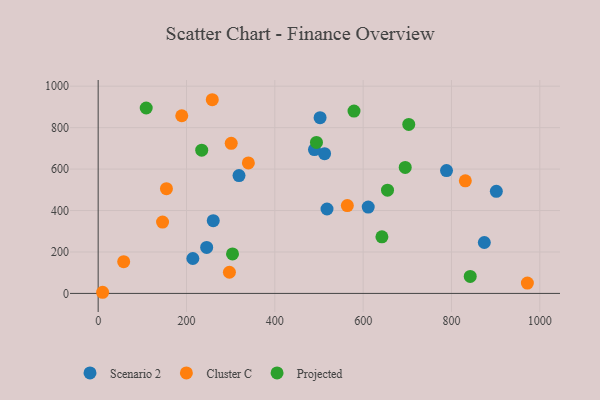
{"axis": {"x": "Study Hours", "y": "Exam Score"}, "legend": ["Cluster C", "Projected", "Scenario 2"], "data": [{"x": "788.8", "y": 592.9, "type": "Scenario 2"}, {"x": "502.5", "y": 847.8, "type": "Scenario 2"}, {"x": "214.4", "y": 168.4, "type": "Scenario 2"}, {"x": "901.6", "y": 492.4, "type": "Scenario 2"}, {"x": "512.7", "y": 674.5, "type": "Scenario 2"}, {"x": "260.6", "y": 351.0, "type": "Scenario 2"}, {"x": "489.8", "y": 694.2, "type": "Scenario 2"}, {"x": "874.4", "y": 245.7, "type": "Scenario 2"}, {"x": "611.5", "y": 416.4, "type": "Scenario 2"}, {"x": "245.7", "y": 222.0, "type": "Scenario 2"}, {"x": "518.2", "y": 407.4, "type": "Scenario 2"}, {"x": "318.9", "y": 568.5, "type": "Scenario 2"}, {"x": "564.2", "y": 423.8, "type": "Cluster C"}, {"x": "189.3", "y": 857.2, "type": "Cluster C"}, {"x": "340.1", "y": 629.7, "type": "Cluster C"}, {"x": "971.9", "y": 49.9, "type": "Cluster C"}, {"x": "258.4", "y": 934.6, "type": "Cluster C"}, {"x": "301.3", "y": 724.0, "type": "Cluster C"}, {"x": "831.4", "y": 543.4, "type": "Cluster C"}, {"x": "10.1", "y": 5.5, "type": "Cluster C"}, {"x": "297.2", "y": 102.2, "type": "Cluster C"}, {"x": "154.6", "y": 505.6, "type": "Cluster C"}, {"x": "145.8", "y": 344.2, "type": "Cluster C"}, {"x": "57.8", "y": 153.3, "type": "Cluster C"}, {"x": "703.3", "y": 815.5, "type": "Projected"}, {"x": "642.5", "y": 273.0, "type": "Projected"}, {"x": "304.2", "y": 190.4, "type": "Projected"}, {"x": "234.5", "y": 691.0, "type": "Projected"}, {"x": "655.2", "y": 498.1, "type": "Projected"}, {"x": "579.3", "y": 879.8, "type": "Projected"}, {"x": "108.8", "y": 894.6, "type": "Projected"}, {"x": "494.3", "y": 728.4, "type": "Projected"}, {"x": "842.5", "y": 82.1, "type": "Projected"}, {"x": "695.3", "y": 607.8, "type": "Projected"}]}